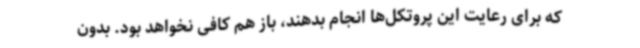
که برای رعایت این پروتکل‌ها انجام بدهند، باز هم کافی نخواهد بود. بدون